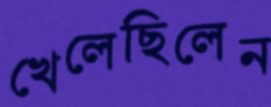
খেলেছিলেন